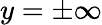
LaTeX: y=\pm\infty